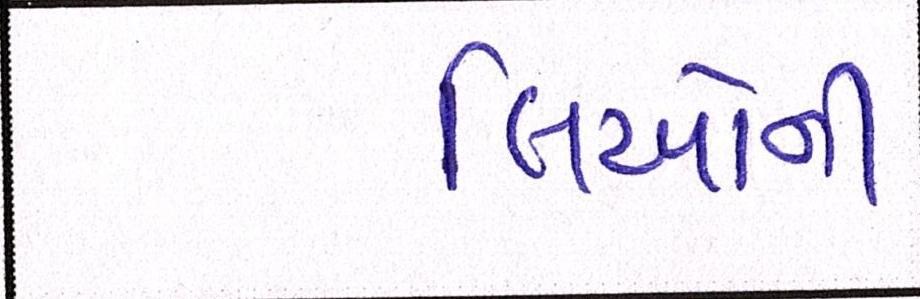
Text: લિઓની